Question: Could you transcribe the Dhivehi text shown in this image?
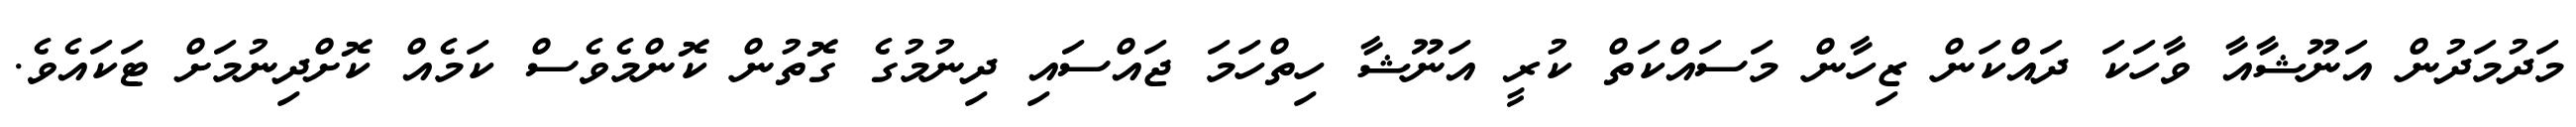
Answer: މަދުމަދުން އަނޫޝާއާ ވާހަކަ ދައްކަން ޒިހާން މަސައްކަތް ކުރީ އަނޫޝާ ހިތްހަމަ ޖައްސައި ދިނުމުގެ ގޮތުން ކޮންމެވެސް ކަމެއް ކޮށްދިނުމަށް ޓަކައެވެ.